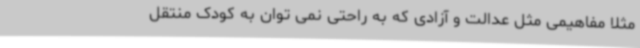
مثلا مفاهیمی مثل عدالت و آزادی که به راحتی نمی توان به کودک منتقل